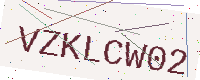
Text: VZKLCW02